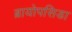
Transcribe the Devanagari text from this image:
ब्रायोपसिडा